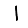
Digit: 1